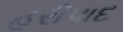
હરીપાદ